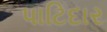
પાટિદાર